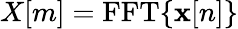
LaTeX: X[m]=\operatorname{FFT}\{ \mathbf{x}[n]\}